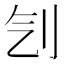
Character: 刏